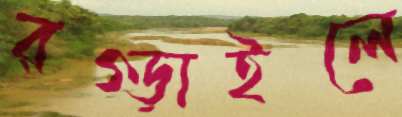
রগ্‌ড়াইলে